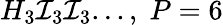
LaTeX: H_{3}\mathcal{I}_{3}\mathcal{I}_{3}...,\; P=6